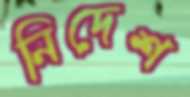
নিদেশ